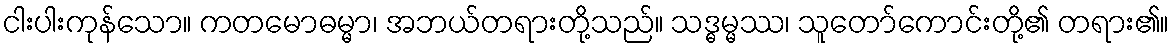
ငါးပါးကုန်သော။ ကတမောဓမ္မာ၊ အဘယ်တရားတို့သည်။ သဒ္ဓမ္မဿ၊ သူတော်ကောင်းတို့၏ တရား၏။